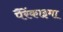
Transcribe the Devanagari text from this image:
पैरेंकाइमा